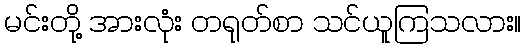
မင်းတို့ အားလုံး တရုတ်စာ သင်ယူကြသလား။